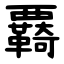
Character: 覉